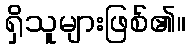
ရှိသူများဖြစ်၏။